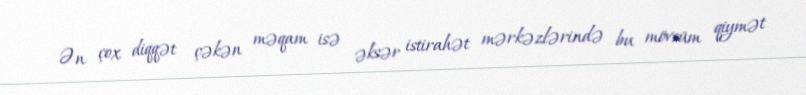
Ən çox diqqət çəkən məqam isə əksər istirahət mərkəzlərində bu mövsüm qiymət